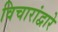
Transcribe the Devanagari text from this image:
विचारांद्वारे